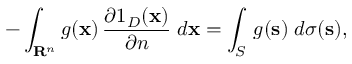
- \int _ { \mathbf { R } ^ { n } } g ( \mathbf { x } ) \, { \frac { \partial 1 _ { D } ( \mathbf { x } ) } { \partial n } } \; d \mathbf { x } = \int _ { S } \, g ( \mathbf { s } ) \; d \sigma ( \mathbf { s } ) ,